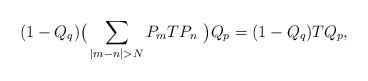
LaTeX: \begin{align*}(1-Q_q)\big(\sum_{|m-n| > N} P_mTP_n \ \big)Q_p = (1-Q_q)TQ_p,\end{align*}